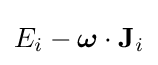
E_{i}-{\boldsymbol {\omega }}\cdot \mathbf {J} _{i}